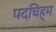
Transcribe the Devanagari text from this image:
पदचिह्म